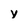
Character: y